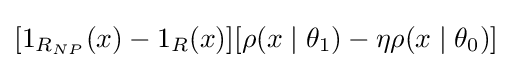
[1_{R_{NP}}(x)-1_{R}(x)][\rho (x\mid \theta _{1})-\eta \rho (x\mid \theta _{0})]